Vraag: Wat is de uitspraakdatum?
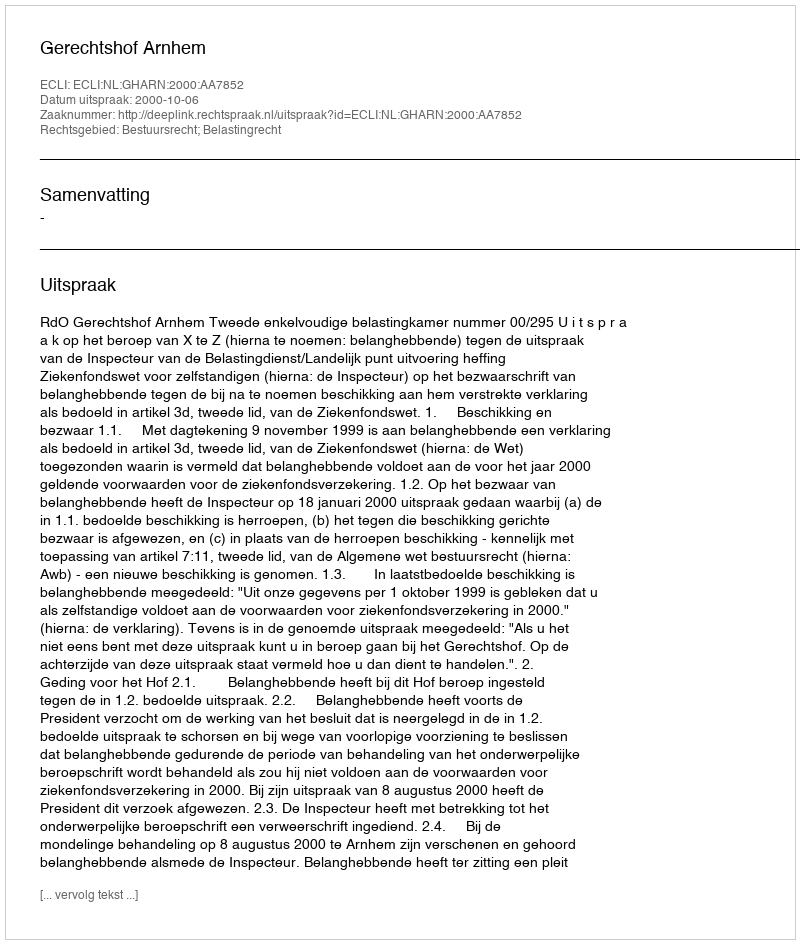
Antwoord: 2000-10-06